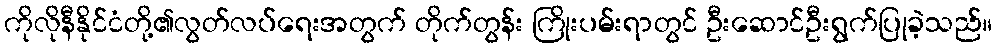
ကိုလိုနီနိုင်ငံတို့၏လွတ်လပ်ရေးအတွက် တိုက်တွန်း ကြိုးပမ်းရာတွင် ဦးဆောင်ဦးရွက်ပြုခဲ့သည်။